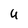
Character: U